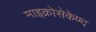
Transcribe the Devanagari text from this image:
माइक्रोसेकेण्द